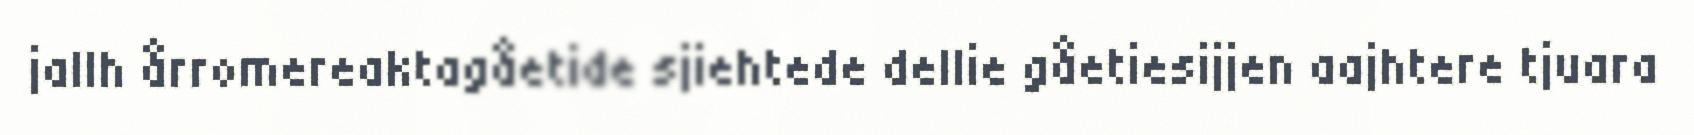
jallh årromereaktagåetide sjiehtede dellie gåetiesijjen aajhtere tjuara